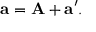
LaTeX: \mathbf { a } = \mathbf { A } + \mathbf { a } ^ { \prime } .